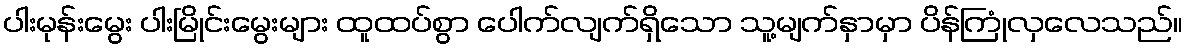
ပါးမုန်းမွေး ပါးမြိုင်းမွေးများ ထူထပ်စွာ ပေါက်လျက်ရှိသော သူ့မျက်နှာမှာ ပိန်ကြုံလှလေသည်။